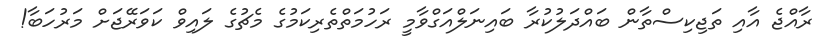
ރާއްޖެ އާއި ތަޖިކިސްތާން ބައްދަލުކުރާ ބައިނަލްއަގްވާމީ ރަހުމަތްތެރިކަމުގެ މެޗުގެ ލައިވް ކަވަރޭޖަށް މަރުހަބާ!